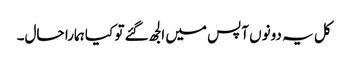
کل یہ دونوں آپس میں الجھ گئے تو کیا ہمارا حال۔